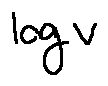
\log v